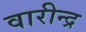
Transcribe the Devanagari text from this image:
वारीन्द्र